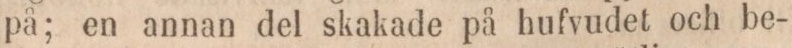
på; en annan del skakade på hufvudet och be-